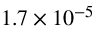
1 . 7 \times 1 0 ^ { - 5 }